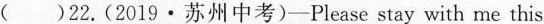
( )22.(2019 · 苏州中考)-Please stay with me this